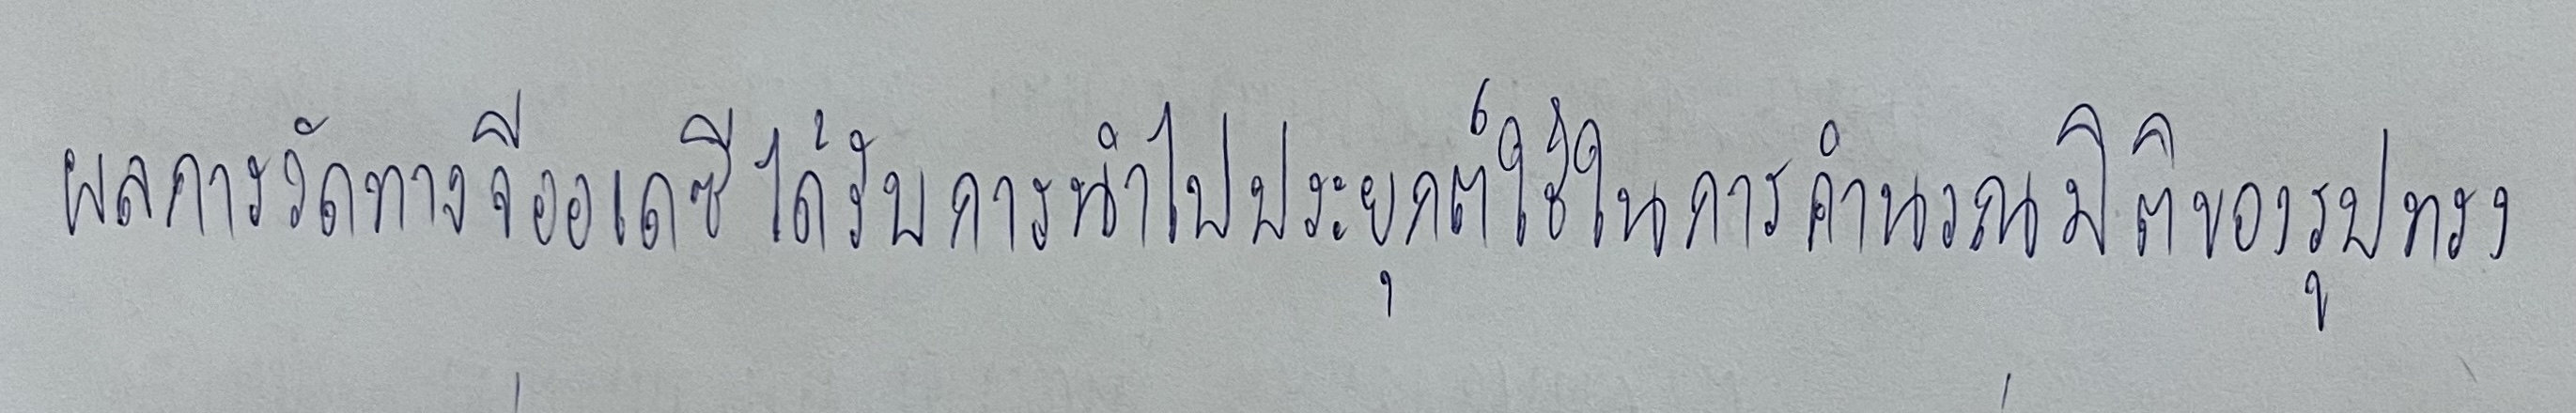
ผลการวัดทางจีออเดซีได้รับการนำไปประยุกต์ใช้ในการคำนวณมิติของรูปทรง